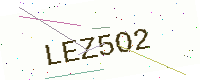
Text: LEZ5O2